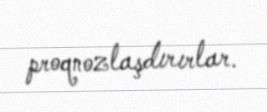
proqnozlaşdırırlar.